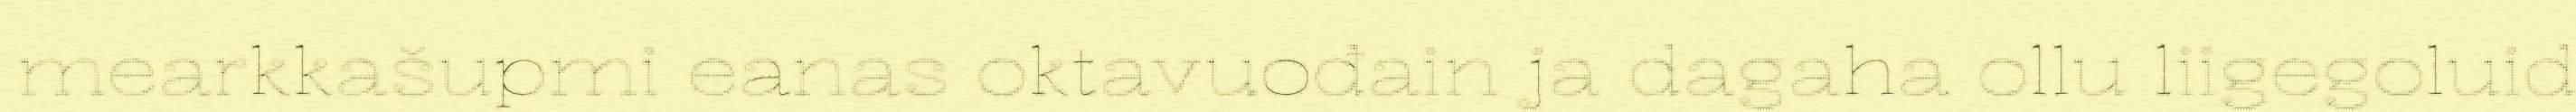
mearkkašupmi eanas oktavuođain ja dagaha ollu liigegoluid